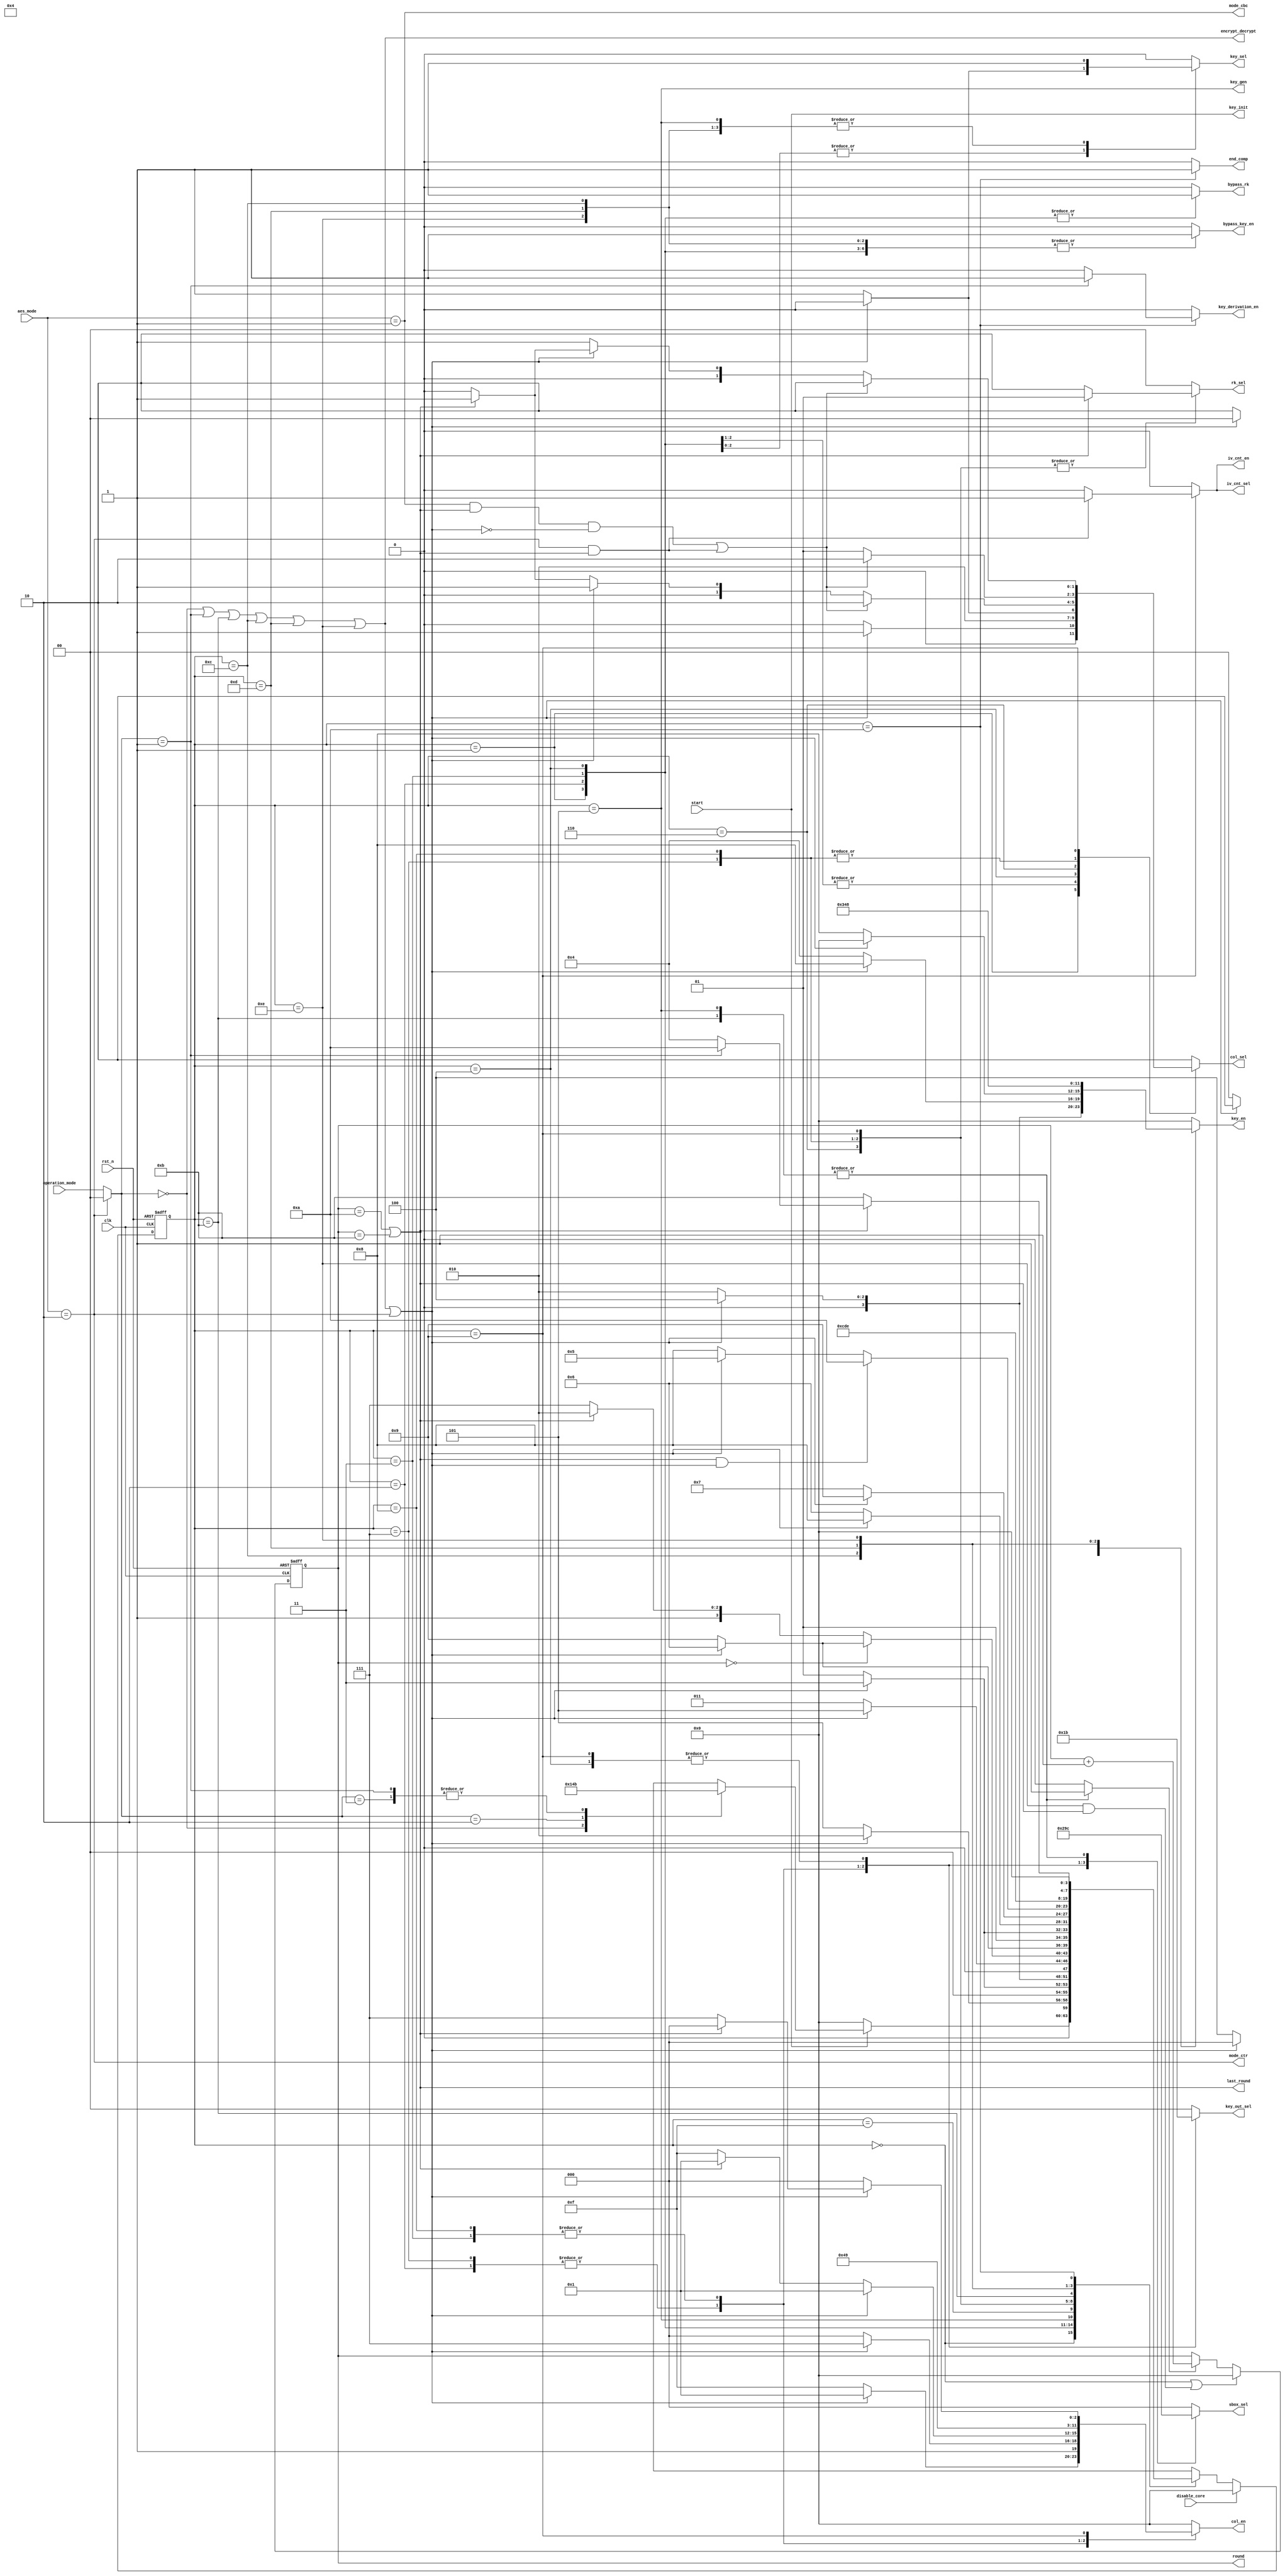
//////////////////////////////////////////////////////////////////
////
////
//// 	AES CORE BLOCK
////
////
////
//// This file is part of the APB to I2C project
////
//// http://www.opencores.org/cores/apbi2c/
////
////
////
//// Description
////
//// Implementation of APB IP core according to
////
//// aes128_spec IP core specification document.
////
////
////
//// To Do: Things are right here but always all block can suffer changes
////
////
////
////
////
//// Author(s): - Felipe Fernandes Da Costa, fefe2560@gmail.com
////		  Julio Cesar 
////
///////////////////////////////////////////////////////////////// 
////
////
//// Copyright (C) 2009 Authors and OPENCORES.ORG
////
////
////
//// This source file may be used and distributed without
////
//// restriction provided that this copyright statement is not
////
//// removed from the file and that any derivative work contains
//// the original copyright notice and the associated disclaimer.
////
////
//// This source file is free software; you can redistribute it
////
//// and/or modify it under the terms of the GNU Lesser General
////
//// Public License as published by the Free Software Foundation;
//// either version 2.1 of the License, or (at your option) any
////
//// later version.
////
////
////
//// This source is distributed in the hope that it will be
////
//// useful, but WITHOUT ANY WARRANTY; without even the implied
////
//// warranty of MERCHANTABILITY or FITNESS FOR A PARTICULAR
////
//// PURPOSE. See the GNU Lesser General Public License for more
//// details.
////
////
////
//// You should have received a copy of the GNU Lesser General
////
//// Public License along with this source; if not, download it
////
//// from http://www.opencores.org/lgpl.shtml
////
////
///////////////////////////////////////////////////////////////////
module control_unit
(
	output reg [ 2:0] sbox_sel,
	output reg [ 1:0] rk_sel,
	output reg [ 1:0] key_out_sel,
	output reg [ 1:0] col_sel,
	output reg [ 3:0] key_en,
	output reg [ 3:0] col_en,
	output     [ 3:0] round,
	output reg bypass_rk,
	output reg bypass_key_en,
	output reg key_sel,
	output reg iv_cnt_en,
	output reg iv_cnt_sel,
	output reg key_derivation_en,
	output end_comp,
	output key_init,
	output key_gen,
	output mode_ctr,
	output mode_cbc,
	output last_round,
  output encrypt_decrypt,	
	input [1:0] operation_mode,
	input [1:0] aes_mode,
	input start,
	input disable_core,
	input clk,
	input rst_n
);
//`include "include/host_interface.vh"
//`include "include/control_unit_params.vh"

//=====================================================================================
// Memory Mapped Registers Address
//=====================================================================================
localparam AES_CR    = 4'd00;
localparam AES_SR    = 4'd01;
localparam AES_DINR  = 4'd02;
localparam AES_DOUTR = 4'd03;
localparam AES_KEYR0 = 4'd04;
localparam AES_KEYR1 = 4'd05;
localparam AES_KEYR2 = 4'd06;
localparam AES_KEYR3 = 4'd07;
localparam AES_IVR0  = 4'd08;
localparam AES_IVR1  = 4'd09;
localparam AES_IVR2  = 4'd10;
localparam AES_IVR3  = 4'd11;

//=============================================================================
// Operation Modes
//=============================================================================
localparam ENCRYPTION     = 2'b00;
localparam KEY_DERIVATION = 2'b01;
localparam DECRYPTION     = 2'b10;
localparam DECRYP_W_DERIV = 2'b11;

//=============================================================================
// AES Modes
//=============================================================================
localparam ECB = 2'b00;
localparam CBC = 2'b01;
localparam CTR = 2'b10;

//=============================================================================
// SBOX SEL
//=============================================================================
localparam COL_0 = 3'b000;
localparam COL_1 = 3'b001;
localparam COL_2 = 3'b010;
localparam COL_3 = 3'b011;
localparam G_FUNCTION = 3'b100;

//=============================================================================
// RK_SEL
//=============================================================================
localparam COL        = 2'b00;
localparam MIXCOL_IN  = 2'b01;
localparam MIXCOL_OUT = 2'b10;

//=============================================================================
// KEY_OUT_SEL
//=============================================================================
localparam KEY_0 = 2'b00;
localparam KEY_1 = 2'b01;
localparam KEY_2 = 2'b10;
localparam KEY_3 = 2'b11;

//=============================================================================
// COL_SEL
//=============================================================================
localparam SHIFT_ROWS = 2'b00;
localparam ADD_RK_OUT = 2'b01;
localparam INPUT      = 2'b10;

//=============================================================================
// KEY_SEL
//=============================================================================
localparam KEY_HOST = 1'b0;
localparam KEY_OUT  = 1'b1;

//=============================================================================
// KEY_EN
//=============================================================================
localparam KEY_DIS  = 4'b0000;
localparam EN_KEY_0 = 4'b0001;
localparam EN_KEY_1 = 4'b0010;
localparam EN_KEY_2 = 4'b0100;
localparam EN_KEY_3 = 4'b1000;
localparam KEY_ALL  = 4'b1111;

//=============================================================================
// COL_EN
//=============================================================================
localparam COL_DIS  = 4'b0000;
localparam EN_COL_0 = 4'b0001;
localparam EN_COL_1 = 4'b0010;
localparam EN_COL_2 = 4'b0100;
localparam EN_COL_3 = 4'b1000;
localparam COL_ALL  = 4'b1111;

//=============================================================================
// IV_CNT_SEL
//=============================================================================
localparam IV_CNT = 1'b1;
localparam IV_BUS = 1'b0;

//=============================================================================
// ENABLES
//=============================================================================
localparam ENABLE = 1'b1;
localparam DISABLE = 1'b0;

localparam NUMBER_ROUND      = 4'd10;
localparam NUMBER_ROUND_INC  = 4'd11;
localparam INITIAL_ROUND     = 4'd00;

//=============================================================================
// FSM STATES
//=============================================================================
localparam IDLE        = 4'd00;
localparam ROUND0_COL0 = 4'd01;
localparam ROUND0_COL1 = 4'd02;
localparam ROUND0_COL2 = 4'd03;
localparam ROUND0_COL3 = 4'd04;
localparam ROUND_KEY0  = 4'd05;
localparam ROUND_COL0  = 4'd06;
localparam ROUND_COL1  = 4'd07;
localparam ROUND_COL2  = 4'd08;
localparam ROUND_COL3  = 4'd09;
localparam READY       = 4'd10;
localparam GEN_KEY0    = 4'd11;
localparam GEN_KEY1    = 4'd12;
localparam GEN_KEY2    = 4'd13;
localparam GEN_KEY3    = 4'd14;
localparam NOP         = 4'd15;

reg [3:0] state, next_state;
reg [3:0] rd_count;

reg rd_count_en;
//reg end_aes_pp1, end_aes_pp2;
wire op_key_derivation;
wire first_round;
wire [1:0] op_mode;
wire enc_dec;

// State Flops Definition
always @(posedge clk or negedge rst_n)
	begin
		if(!rst_n)
			state <= IDLE;
		else
			if(disable_core)
				state <= IDLE;
			else
				state <= next_state;
	end

assign encrypt_decrypt = (op_mode == ENCRYPTION || op_mode == KEY_DERIVATION || state == GEN_KEY0   
			  ||   state == GEN_KEY1       ||state == GEN_KEY2   ||   state == GEN_KEY3       );

assign enc_dec = encrypt_decrypt | mode_ctr;
assign key_gen = (state == ROUND_KEY0);

assign op_key_derivation = (op_mode == KEY_DERIVATION);

assign mode_ctr = (aes_mode == CTR);
assign mode_cbc = (aes_mode == CBC);

assign key_init = start;

assign op_mode = (mode_ctr) ? ENCRYPTION : operation_mode;

// Next State Logic
always @(*)
	begin
		next_state = state;
		case(state)
			IDLE:
				begin
					if(!start)
						next_state = IDLE;
					else
						case(op_mode)
							ENCRYPTION    : next_state = ROUND0_COL0;
							DECRYPTION    : next_state = ROUND0_COL3;
							KEY_DERIVATION: next_state = GEN_KEY0;
							DECRYP_W_DERIV: next_state = GEN_KEY0;
							default       : next_state = IDLE;
						endcase
				end
			ROUND0_COL0:
				begin
					next_state = (enc_dec) ? ROUND0_COL1 : ROUND_KEY0; 
				end
			ROUND0_COL1:
				begin
					next_state = (enc_dec) ? ROUND0_COL2 : ROUND0_COL0;
				end
			ROUND0_COL2:
				begin
					next_state = (enc_dec) ? ROUND0_COL3 : ROUND0_COL1;
				end
			ROUND0_COL3:
				begin
					next_state = (enc_dec) ? ROUND_KEY0 : ROUND0_COL2;
				end
			ROUND_KEY0 :
				begin
					if(!first_round)
						begin
							next_state = (last_round) ? READY : NOP;
						end
					else
						begin
							next_state = (enc_dec) ? ROUND_COL0 : ROUND_COL3;
						end
				end
			NOP        :
				begin
					next_state = (enc_dec) ? ROUND_COL0 : ROUND_COL3;
				end
			ROUND_COL0 :
				begin
					next_state = (enc_dec) ? ROUND_COL1 : ROUND_KEY0;
				end
			ROUND_COL1 :
				begin
					next_state = (enc_dec) ? ROUND_COL2 : ROUND_COL0;
				end
			ROUND_COL2 :
				begin
					next_state = (enc_dec) ? ROUND_COL3 : ROUND_COL1;
				end
			ROUND_COL3 :
				begin
					if(last_round && enc_dec)
						next_state = READY;
					else
					next_state = (enc_dec) ? ROUND_KEY0 : ROUND_COL2;
				end
			GEN_KEY0   :
				begin
					next_state = GEN_KEY1;
				end
			GEN_KEY1   :
				begin
					next_state = GEN_KEY2;
				end
			GEN_KEY2   :
				begin
					next_state = GEN_KEY3;
				end
			GEN_KEY3   :
				begin
					if(last_round)
						next_state = (op_key_derivation) ? READY : ROUND0_COL3;
					else
						next_state = GEN_KEY0;
				end
			READY      :
				begin
					next_state = IDLE;
				end
		endcase
	end
 
       
// Output Logic
assign end_comp = (state == READY)?ENABLE:DISABLE;

/*
always @(posedge clk, negedge rst_n)
begin
		if(!rst_n)
		begin
			end_aes_pp1 <= 1'b0;
			end_aes_pp2 <= 1'b0; 
			end_comp <= 1'b0;
		end
		else
			if(state == READY)
			begin
				end_aes_pp1 <= ENABLE;
				//end_aes_pp2 <= end_aes_pp1;
				end_comp <= end_aes_pp1 ;
			end
			else
			begin
				end_aes_pp1 <= DISABLE;
				//end_aes_pp2 <= end_aes_pp1;
				end_comp <= end_aes_pp1 ;
			end

end
*/
always @(*)
	begin
		sbox_sel = COL_0;
		rk_sel = COL;
		bypass_rk = DISABLE;
		key_out_sel = KEY_0;
		col_sel = INPUT;
		key_sel = KEY_HOST;
		key_en = KEY_DIS;
		col_en = COL_DIS;
		rd_count_en = DISABLE;
		iv_cnt_en = DISABLE;
		iv_cnt_sel = IV_BUS;
		bypass_key_en = DISABLE;
		key_derivation_en = DISABLE;
		//end_comp = DISABLE;
		case(state)
			ROUND0_COL0:
				begin
					sbox_sel = COL_0;
					rk_sel   = COL;
					bypass_rk = ENABLE;
					bypass_key_en = ENABLE;
					key_out_sel = KEY_0;
					col_sel = (enc_dec) ? ADD_RK_OUT : SHIFT_ROWS;
					col_en =  (enc_dec) ? EN_COL_0 : COL_ALL;
				end
			ROUND0_COL1:
				begin
					sbox_sel = COL_1;
					rk_sel   = COL;
					bypass_rk = ENABLE;
					bypass_key_en = ENABLE;
					key_out_sel = KEY_1;
					col_sel = ADD_RK_OUT;
					col_en = EN_COL_1;
					if(!enc_dec)
						begin
							key_sel = KEY_OUT;
							key_en =  EN_KEY_1;
						end
				end
			ROUND0_COL2:
				begin
					sbox_sel = COL_2;
					rk_sel   = COL;
					bypass_rk = ENABLE;
					bypass_key_en = ENABLE;
					key_out_sel = KEY_2;
					col_sel = ADD_RK_OUT;
					col_en = EN_COL_2;
					if(!enc_dec)
						begin
							key_sel = KEY_OUT;
							key_en =  EN_KEY_2;
						end
				end
			ROUND0_COL3:
				begin
					sbox_sel = COL_3;
					rk_sel   = COL;
					bypass_key_en = ENABLE;
					key_out_sel = KEY_3;
					col_sel = (enc_dec) ? SHIFT_ROWS : ADD_RK_OUT;
					col_en =  (enc_dec) ? COL_ALL : EN_COL_3;
					bypass_rk = ENABLE;
					if(!enc_dec)
					begin
							key_sel = KEY_OUT;
							key_en =  EN_KEY_3;
					end
				end
			ROUND_KEY0:
				begin
					sbox_sel = G_FUNCTION;
					key_sel = KEY_OUT;
					key_en = EN_KEY_0;
					rd_count_en = ENABLE;
				end
			ROUND_COL0:
				begin
					sbox_sel = COL_0;
					rk_sel = (last_round) ? MIXCOL_IN : MIXCOL_OUT;
					key_out_sel = KEY_0;
					key_sel = KEY_OUT;

					if(enc_dec)
						key_en = EN_KEY_1;
					if((mode_cbc && last_round && !enc_dec) || (mode_ctr && last_round))
						col_sel = INPUT;
					else
						begin
							if(!enc_dec)
								col_sel = (last_round) ? ADD_RK_OUT : SHIFT_ROWS;
							else
								col_sel = ADD_RK_OUT;
						end
					if(enc_dec)
						col_en = EN_COL_0;
					else
						col_en = (last_round) ? EN_COL_0 : COL_ALL;
				end
			ROUND_COL1:
				begin
					sbox_sel = COL_1;
					rk_sel   = (last_round) ? MIXCOL_IN : MIXCOL_OUT;
					key_out_sel = KEY_1;
					key_sel = KEY_OUT;
					if(enc_dec)
						key_en = EN_KEY_2;
					else
						key_en = EN_KEY_1;
					if((mode_cbc && last_round && !enc_dec) || (mode_ctr && last_round))
						col_sel = INPUT;
					else
						col_sel = ADD_RK_OUT;
					col_en = EN_COL_1;
				end
			ROUND_COL2:
				begin
					sbox_sel = COL_2;
					rk_sel   = (last_round) ? MIXCOL_IN : MIXCOL_OUT;
					key_out_sel = KEY_2;
					key_sel = KEY_OUT;
					if(enc_dec)
						key_en = EN_KEY_3;
					else
						key_en = EN_KEY_2;
					if((mode_cbc && last_round && !enc_dec) || (mode_ctr && last_round))
						col_sel = INPUT;
					else
						col_sel = ADD_RK_OUT;
					col_en = EN_COL_2;
				end
			ROUND_COL3:
				begin
					sbox_sel = COL_3;
					rk_sel   = (last_round) ? MIXCOL_IN : MIXCOL_OUT;
					key_out_sel = KEY_3;
					key_sel = KEY_OUT;
					if(!enc_dec)
						key_en = EN_KEY_3;
					if((mode_cbc && last_round && !enc_dec) || (mode_ctr && last_round))
						col_sel = INPUT;
					else
						begin
							if(enc_dec)
								col_sel = (last_round) ? ADD_RK_OUT : SHIFT_ROWS;
							else
								col_sel = ADD_RK_OUT;
						end
					if(enc_dec)
						col_en = (last_round) ? EN_COL_3 : COL_ALL;
					else
						col_en = EN_COL_3;
					if(mode_ctr && last_round)
						begin
							iv_cnt_en = ENABLE;
							iv_cnt_sel = IV_CNT;
						end
				end
			GEN_KEY0:
				begin
					sbox_sel = G_FUNCTION;
					rd_count_en = ENABLE;
				end
			GEN_KEY1:
				begin
					key_en = EN_KEY_1 | EN_KEY_0; //Enable key 0 AND key 1
					key_sel = KEY_OUT;
					bypass_key_en = ENABLE;
				end
			GEN_KEY2:
				begin
					key_en = EN_KEY_2;
					key_sel = KEY_OUT;
					bypass_key_en = ENABLE;
				end
			GEN_KEY3:
				begin
					key_en = EN_KEY_3;
					key_sel = KEY_OUT;
					bypass_key_en = ENABLE;
				end
			READY:
				begin
					//end_comp = ENABLE;
					if(op_mode == KEY_DERIVATION)
						key_derivation_en = ENABLE;
				end
		endcase
	end

// Round Counter
always @(posedge clk or negedge rst_n)
	begin
		if(!rst_n)
			rd_count <= INITIAL_ROUND;
		else
			if(state == IDLE || (state == GEN_KEY3 && last_round))
				rd_count <= INITIAL_ROUND;
			else 
				if(rd_count_en)
					rd_count <= rd_count + 1'b1;
	end

assign round = rd_count;
assign first_round = (rd_count == INITIAL_ROUND);
assign last_round  = (rd_count == NUMBER_ROUND || rd_count == NUMBER_ROUND_INC);

endmodule